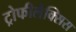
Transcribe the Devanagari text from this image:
ट्रोफीलैक्सिस